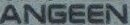
ANGEEN